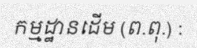
កម្មដ្ឋានដើម (ព.ពុ.) :